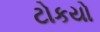
ટોકયો